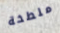
ملطخة